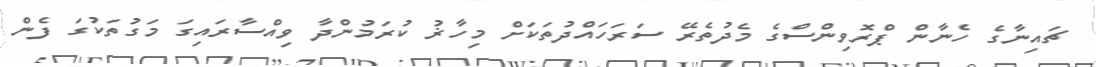
ޗައިނާގެ ހެނާން ޕްރޮވިންސްގެ މެދުތެރޭ ސަރަހައްދުތަކަށް މިހާޜު ކުރަމުންދާާ ވިއްސާރައިގަ މަގުތަކުގަ ފެން